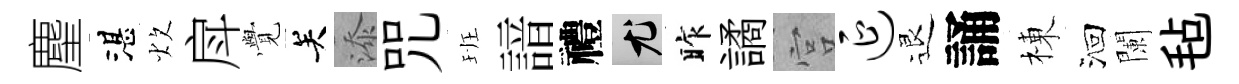
麈湛炊戽𮗜关添咒班諳禮尤昨譎宫延退誦棟洄闌毡